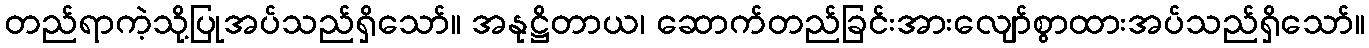
တည်ရာကဲ့သို့ပြုအပ်သည်ရှိသော်။ အနုဋ္ဌိတာယ၊ ဆောက်တည်ခြင်းအားလျော်စွာထားအပ်သည်ရှိသော်။